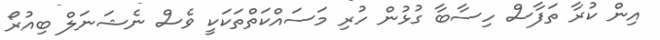
އިން ކުރާ ތަފާސް ހިސާބާ ގުޅުން ހުރި މަސައްކަތްތަކަކީ ވެސް ނެޝަނަލް ބިއުރޯ